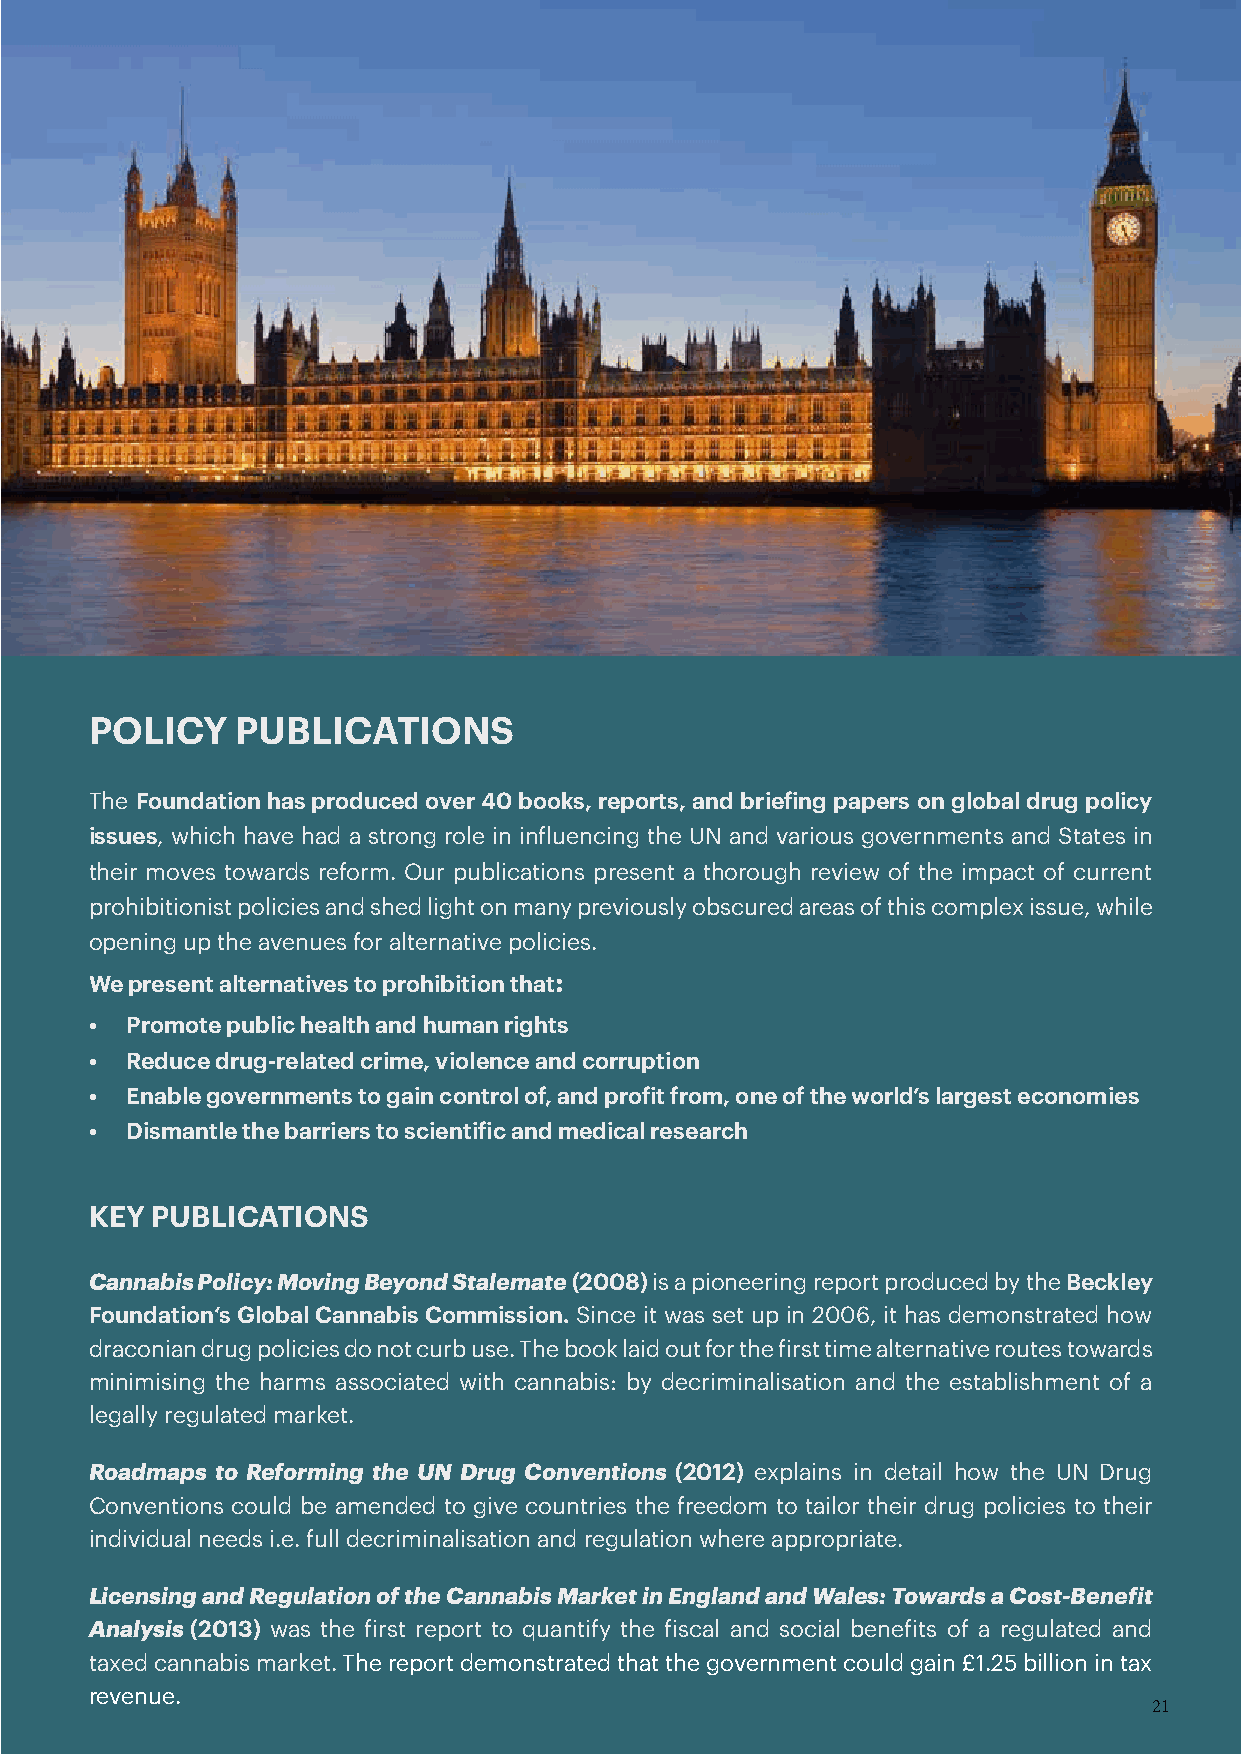
POLICY    PUBLICATIONS
 The Foundation has produced over 40 books, reports, and briefing papers on global drug policy
 issues, which have had a strong role in influencing the UN and various governments and States in
 their moves towards reform. Our publications present a thorough review of the impact of current
 prohibitionist policies and shed light on many previously obscured areas of this complex issue, while
 opening up the avenues for alternative policies.
 We present alternatives to prohibition that:
 • Promote public health and human rights
 • Reduce drug-related crime, violence and corruption
 • Enable governments to gain control of, and profit from, one of the world’s largest economies
 • Dismantle the barriers to scientific and medical research
 KEY PUBLICATIONS
 Cannabis Policy: Moving Beyond Stalemate (2008) is a pioneering report produced by the Beckley
 Foundation‘s Global Cannabis Commission. Since it was set up in 2006, it has demonstrated how
 draconian drug policies do not curb use. The book laid out for the first time alternative routes towards
 minimising the harms associated with cannabis: by decriminalisation and the establishment of a
 legally regulated market.
 Roadmaps to Reforming the UN Drug Conventions (2012) explains in detail how the UN Drug
 Conventions could be amended to give countries the freedom to tailor their drug policies to their
 individual needs i.e. full decriminalisation and regulation where appropriate.
 Licensing and Regulation of the Cannabis Market in England and Wales: Towards a Cost-Benefit
 Analysis (2013) was the first report to quantify the fiscal and social benefits of a regulated and
 taxed cannabis market. The report demonstrated that the government could gain £1.25 billion in tax
 revenue.
 21